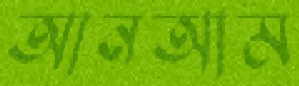
আনআম